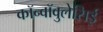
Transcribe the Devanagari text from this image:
कॉन्वॉवुलेसिई